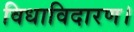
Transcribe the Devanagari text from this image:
विधाविदारण।